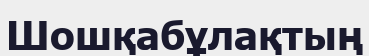
Шошқабұлақтың